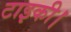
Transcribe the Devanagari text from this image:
टाइकी।